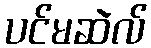
ပင်မဆဲလ်